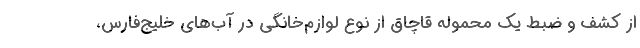
از کشف و ضبط یک محموله قاچاق از نوع لوازم‌خانگی در آب‌های خلیج‌فارس،